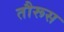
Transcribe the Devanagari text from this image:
तौरूस